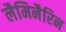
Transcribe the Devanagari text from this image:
लैमिनैरिन